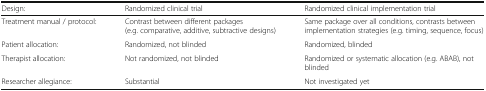
| Design: | Randomized clinical trial | Randomized clinical implementation trial |
 | --- | --- | --- |
 | Treatment manual / protocol: | Contrast between different packages (e.g. comparative, additive, subtractive designs) | Same package over all conditions, contrasts between implementation strategies (e.g. timing, sequence, focus) |
 | Patient allocation: | Randomized, not blinded | Randomized, blinded |
 | Therapist allocation: | Not randomized, not blinded | Randomized or systematic allocation (e.g. ABAB), not blinded |
 | Researcher allegiance: | Substantial | Not investigated yet |